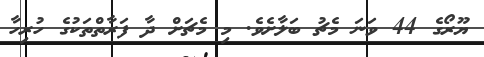
ޔޫރޯގެ 44 ވަނަ މެޗު ބަލާށެވެ. މި މެޗަށް ދާ ފަރާތްތަކުގެ ހުރިހާ